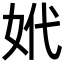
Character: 𡛲